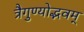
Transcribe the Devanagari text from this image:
त्रैगुण्योद्भवम्